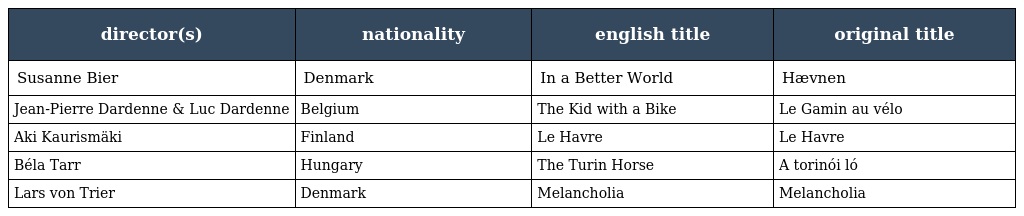
| director(s) | nationality | english title | original title |
 | --- | --- | --- | --- |
 | Susanne Bier | Denmark | In a Better World | Hævnen |
 | Jean-Pierre Dardenne & Luc Dardenne | Belgium | The Kid with a Bike | Le Gamin au vélo |
 | Aki Kaurismäki | Finland | Le Havre | Le Havre |
 | Béla Tarr | Hungary | The Turin Horse | A torinói ló |
 | Lars von Trier | Denmark | Melancholia | Melancholia |